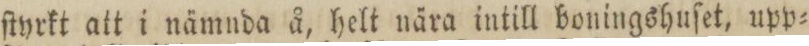
ſtyrkt att i nämnda å, helt nära intill boningshuſet, upp=